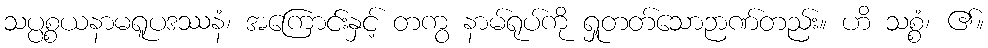
သပ္ပစ္စယနာမရူပဒဿနံ၊ အကြောင်းနှင့် တကွ နာမ်ရုပ်ကို ရှုတတ်သောဉာဏ်တည်း။ ဟိ သစ္စံ၊ ၏။